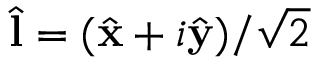
\hat { \bf l } = ( \hat { \bf x } + i \hat { \bf y } ) / \sqrt { 2 }